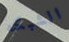
الشبكه